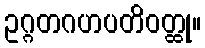
ဥဂ္ဂတဂဟပတိဝတ္ထု။